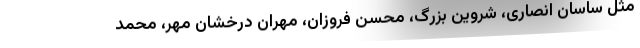
مثل ساسان انصاری، شروین بزرگ، محسن فروزان، مهران درخشان مهر، محمد